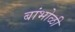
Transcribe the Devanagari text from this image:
बांभोळी